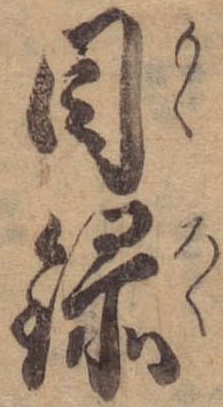
目録